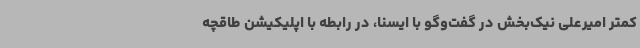
کمتر امیرعلی نیک‌بخش در گفت‌وگو با ایسنا، در رابطه با اپلیکیشن طاقچه